Report on vaccination in the Province of Bengal - 1874-1889
Year: 1874
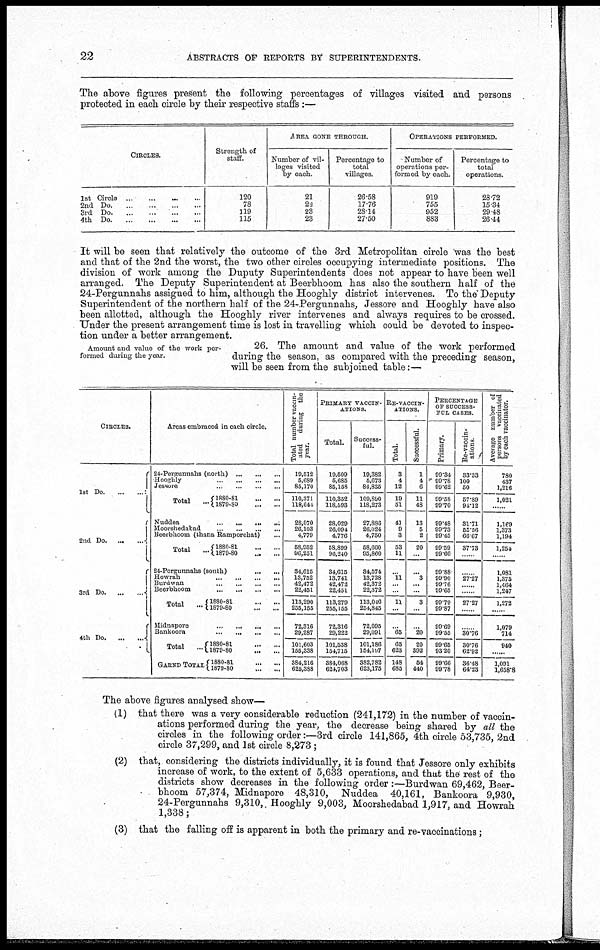
22
ABSTRACTS OF REPORTS BY SUPERINTENDENTS.
The above figures present the following percentages of villages visited and persons
protected in each circle by their respective staffs :—
CIRCLES.
... ... ...
2nd
Do... ... ... ...
3rd
Do... ... ... ...
4th
Do... ... ... ...
Strength of
staff.
120
78
119
115
AREA GONE THROUGH.
Number of vil-
lages visited
by each.
21
22
23
23
Percentage to
total
villages.
26.58
17.76
28.14
27.50
OPERATIONS PERFORMED.
Number of
operations per-
formed by each.
919
755
952
883
Percentage to
total
operations.
28.72
15.34
29.48
26.44
It will be seen that relatively the outcome of the 3rd Metropolitan circle was the best
and that of the 2nd the worst, the two other circles occupying intermediate positions. The
division of work among the Duputy Superintendents does not appear to have been well
arranged. The Deputy Superintendent at Beerbhoom has also the southern half of the
24-Pergunnahs assigned to him, although the Hooghly district intervenes. To the Deputy
Superintendent of the northern half of the 24-Pergunnahs, Jessore and Hooghly have also
been allotted, although the Hooghly river intervenes and always requires to be crossed.
Under the present arrangement time is lost in travelling which could be devoted to inspec-
tion under a better arrangement.
Amount and value of the work per-
formed during the year.
26. The amount and value of the work performed
during the season, as compared with the preceding season,
will be seen from the subjoined table:—
CIRCLES.
1st Do. ... ...
2nd Do. ... ...
3rd Do. ... ...
4th Do. ... ...
Areas embraced in each circle.
24-Pergunnahs (north)... ... ...
Hooghly...
...
...
...
Jessore...
...
...
...
Total... 1880-81...
...
1879-80...
...
Nuddea...
...
...
...
Moorshedabad...
...
...
...
Beerbhoom (thana Ramporehat)... ...
Total... 1880-81...
...
1879-80...
...
24-Pergunnahs
(south)...
...
...
Howrah...
...
...
Burdwan...
...
...
Beerbhoom...
...
...
Total... 1880-81
...
...
1879-80
...
...
Midnapore...
...
...
...
Bankoora...
...
...
...
Total...
GRAND TOTAL
1880-81...
...
1879-80...
...
1880-81...
...
1879-80...
...
Total number vaccin-
ated during the
year.
19,512
5,689
85,170
110,371
118,644
28,070
26,103
4,779
58,952
96,251
34,615
13,752
42,472
22,451
113,290
255,155
72,316
29,287
101,603
155,338
384,216
625,388
PRIMARY VACCIN-
ATIONS.
Total.
19,509
5,685
85,158
110,352
118,593
28,029
26,094
4,776
58,899
96,240
34,615
13,741
42,472
22,451
113,279
255,155
72,316
29,222
101,538
154,715
384,068
624,703
Success-
ful.
19,382
5,673
84,835
109,890
118,273
27,886
26,024
4,750
58,660
95,860
34,574
13,728
42,372
22,372
113,046
254,845
72,095
29,091
101,186
154,197
382,782
623,175
RE-VACCIN-
ATIONS.
Total.
3
4
12
19
51
41
9
3
53
11
...
11
...
.
11
...
...
65
65
623
148
685
Successful.
1
4
6
11
48
13
5
2
20
...
...
3
...
...
3
...
...
20
20
392
54
440
PERCENTAGE
OF SUCCESS-
FUL CASES.
Primary.
99.34
99.78
99.62
99.58
99.70
99.48
99.73
99.45
99.59
99.66
99.88
99.90
99.76
99.65
99.79
99.87
99.69
99.55
99.65
93.20
99.66
99.78
Re-vaccin-
ations.
33.33
100
50
57.89
94.12
31.71
55.56
66.67
37.73
... ..
27.27
......
... ...
27.27
... ...
... ..
30.76
36.76
62.92
36.48
64.23
Average number of
p ersons vaccinated
by each vaccinator.
780
437
1,216
1,021
......
1,169
1,373
1,194
1,254
... ..
1,081
1,375
1,464
1,247
1,272
......
1,079
714
940
......
1,091
1,658.8
The above figures analysed show—
(1) that there was a very considerable reduction (241,172) in the number of vaccin-
ations performed during the year, the decrease being shared by all the
circles in the following order :—3rd circle 141,865, 4th circle 53,735, 2nd
circle 37,299, and 1st circle 8,273 ;
(2) that, considering the districts individually, it is found that Jessore only exhibits
increase of work, to the extent of 5,633 operations, and that the rest of the
districts show decreases in the following order:—Burdwan 69,462, Beer-
bhoom 57,374, Midnapore 48,310, Nuddea 40,161, Bankoora 9,930,
24-Pergunnahs 9,310,. Hooghly 9,003, Moorshedabad 1,917, and Howrah
1,338;
(3) that the falling off is apparent in both the primary and re-vaccinations;